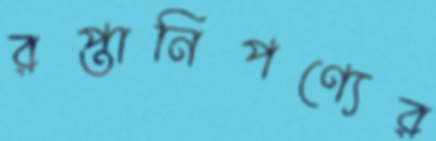
রপ্তানিপণ্যের